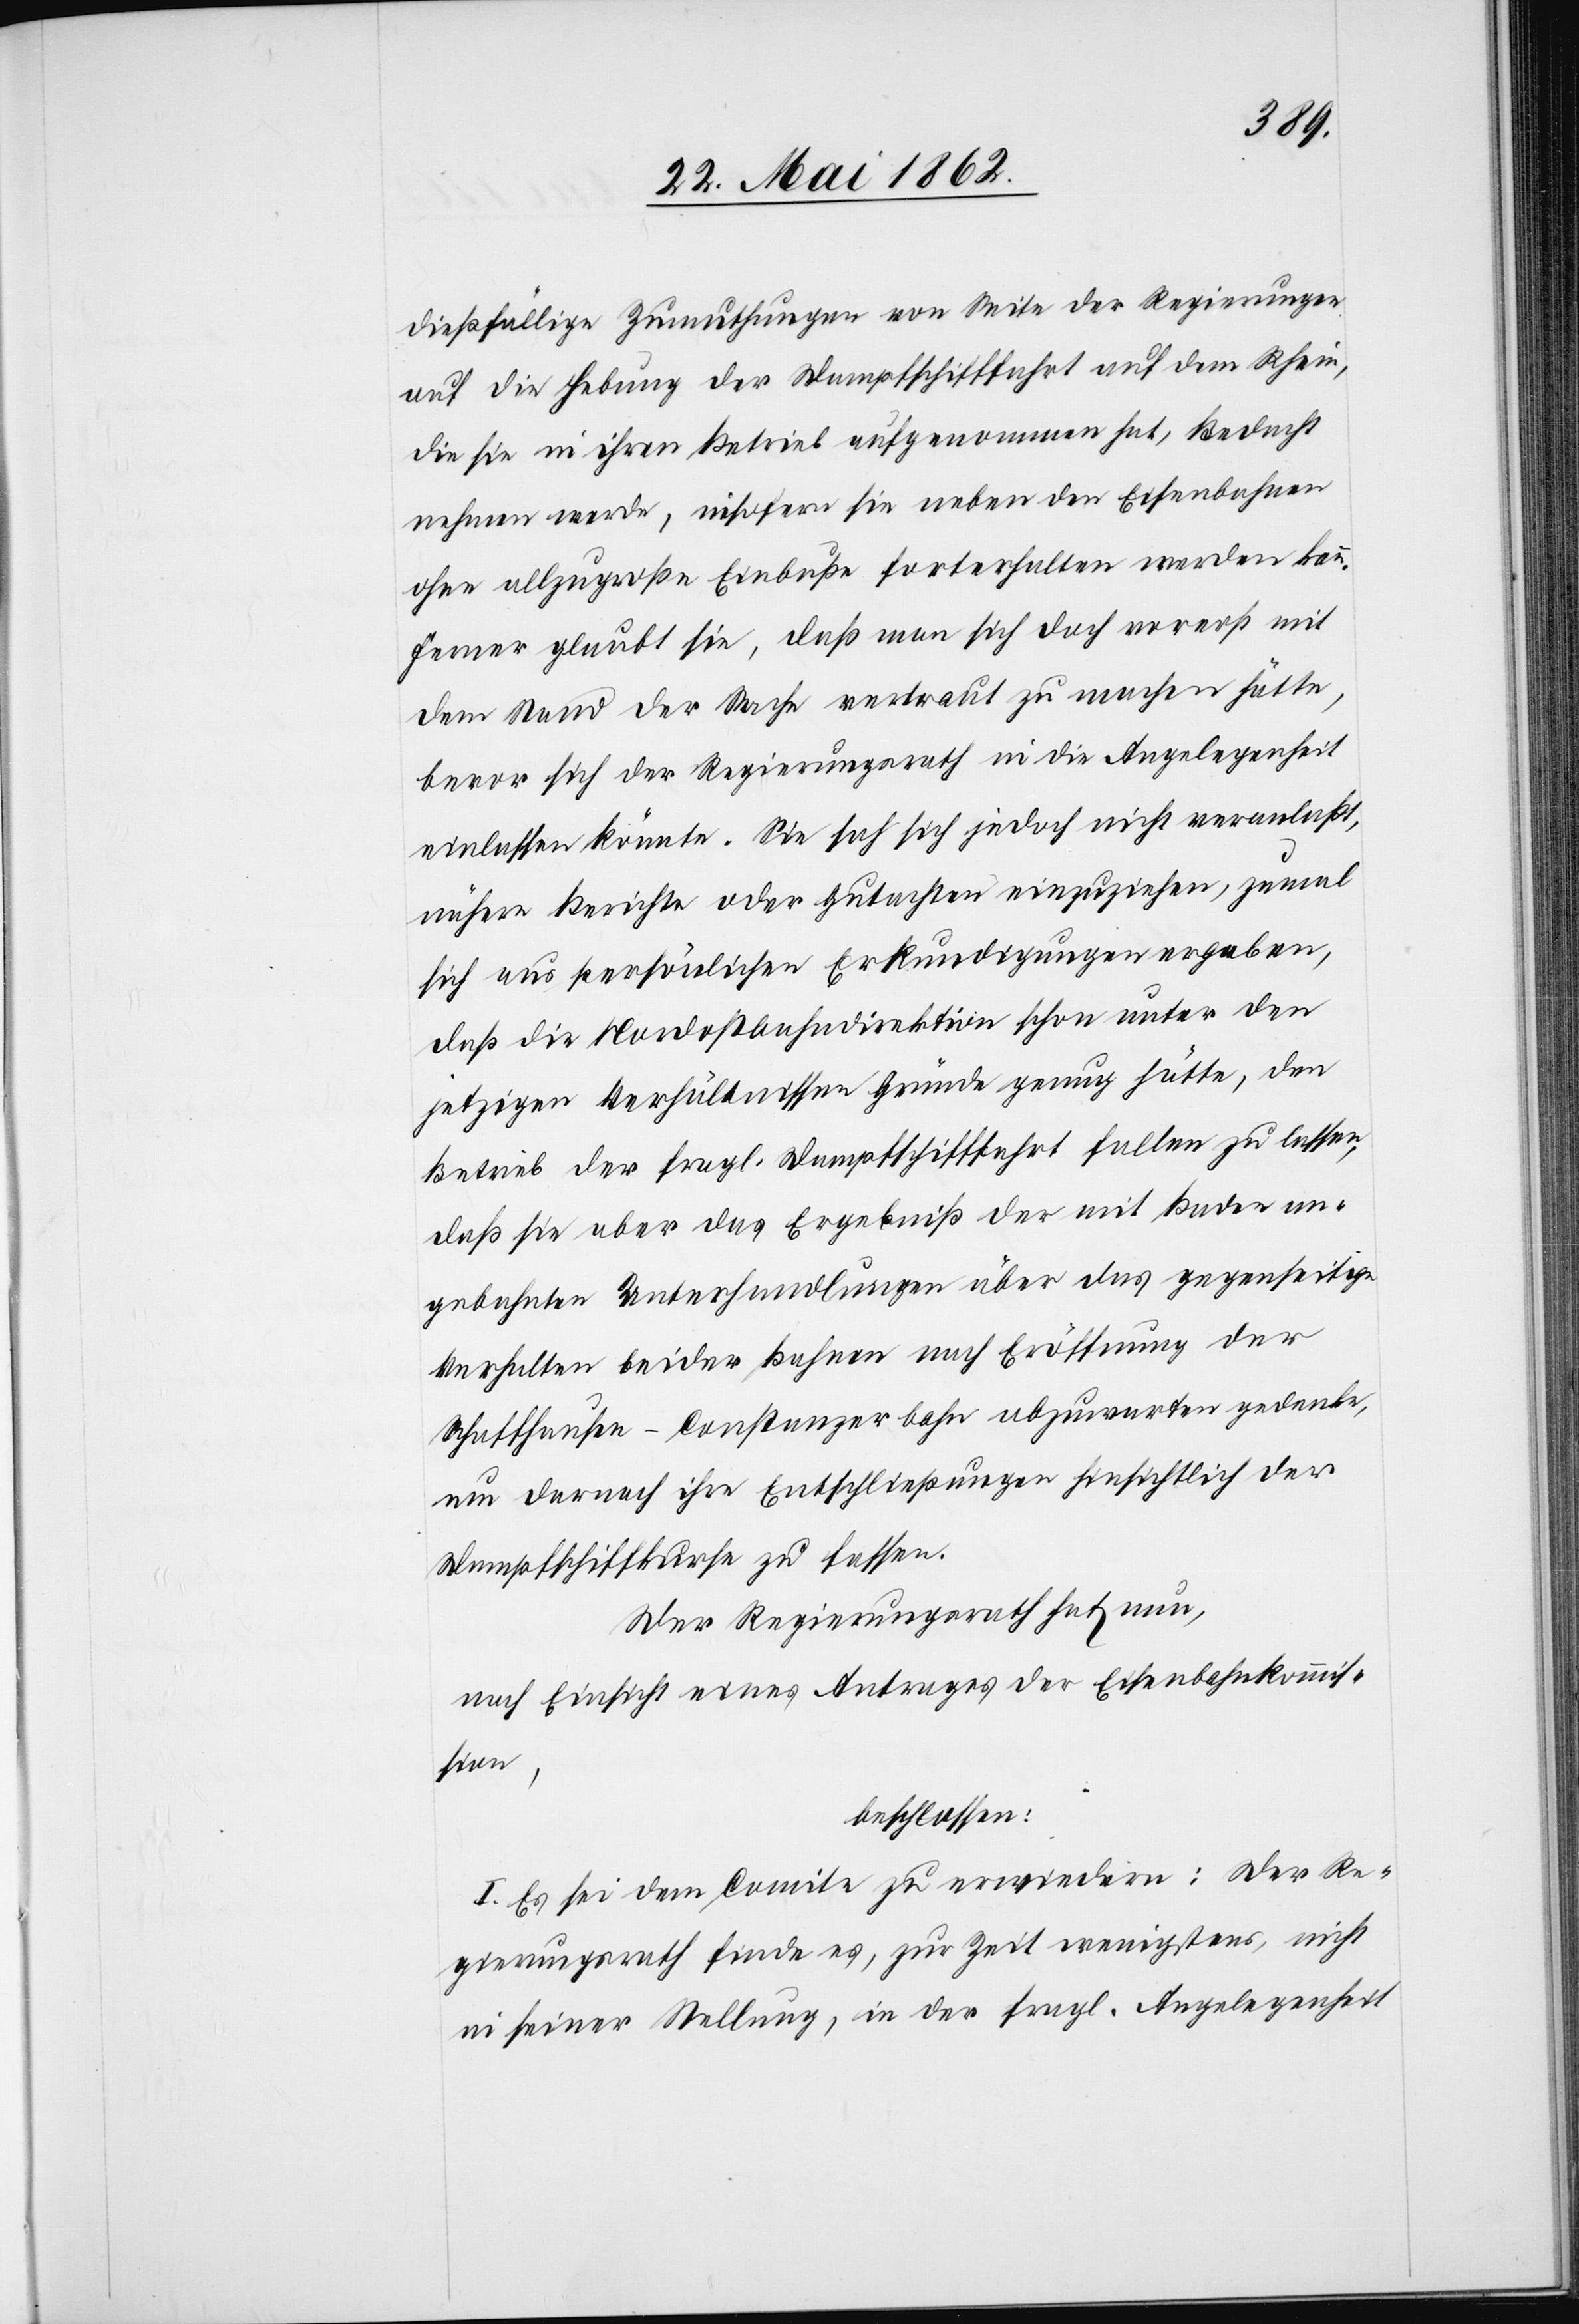
dießfällige Zumuthungen von Seite der Regierungen
auf die Hebung der Dampfschifffahrt auf dem Rhein,
die sie in ihren Betrieb aufgenommen hat, Bedacht
nehmen werde, insofern sie neben den Eisenbahnen
ohne allzugroße Einbuße forterhalten werden kann.
Ferner glaubt sie, daß man sich doch vorerst mit
dem Stand der Sache vertraut zu machen hätte,
bevor sich der Regierungsrath in die Angelegenheit
einlassen könnte. Sie sah sich jedoch nicht veranlaßt,
nähere Berichte oder Gutachten einzuziehen, zumal
sich aus persönlichen Erkundigungen ergeben,
daß die Nordostbahndirektion schon unter den
jetzigen Verhältnissen Gründe genug hätte, den
Betrieb der fragl. Dampfschifffahrt fallen zu lassen,
daß sie aber das Ergebniß der mit Baden an¬
gebahnten Unterhandlungen über das gegenseitige
Verhalten beider Bahnen nach Eröffnung der
Schaffhausen–Constanzerbahn abzuwarten gedenke,
um darnach ihre Entschließungen hinsichtlich der
Dampfschiffkurse zu fassen.
Der Regierungsrath hat nun,
nach Einsicht eines Antrages der Eisenbahnkommis¬
sion,
beschlossen:
I. Es sei dem Comite zu erwiedern: Der Re¬
gierungsrath finde es, zur Zeit wenigstens, nicht
in seiner Stellung, in der fragl. Angelegenheit